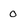
Character: 0